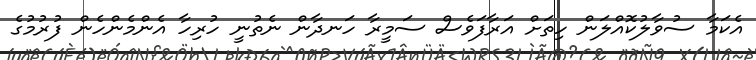
އެކަމާ ސުވާލުކޮއްލަން ހިތަށް އަރާފަވެސް ސަމީރާ ހަނދާން ނެތުނީ ހުރިހާ އެންމެންހެން ފުރުމުގެ